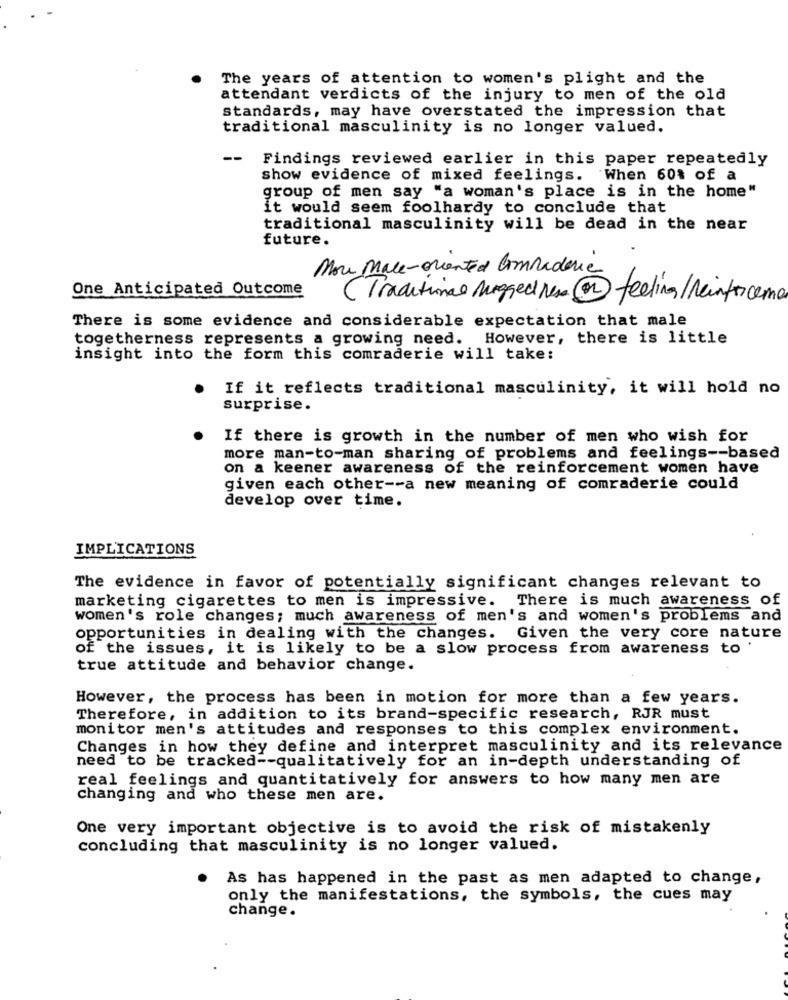
The years of attention to women's plight and the
attendant verdicts of the injury to men of the old
standards, may have overstated the impression that
traditional masculinity is no longer valued.
--
Findings reviewed earlier in this paper repeatedly
show evidence of mixed feelings. When 60% of a
group of men say "a woman's place is in the home"
it would seem foolhardy to conclude that
traditional masculinity will be dead in the near
future.
Mou Mace-oriented Commanderie
One Anticipated Outcome
(Traditional Mugged resa@ feeling/reinforceme
There is some evidence and considerable expectation that male
togetherness represents a growing need. However, there is little
insight into the form this comraderie will take:
If it reflects traditional masculinity, it will hold no
surprise.
If there is growth in the number of men who wish for
more man-to-man sharing of problems and feelings -- based
on a keener awareness of the reinforcement women have
given each other -- a new meaning of comraderie could
develop over time.
IMPLICATIONS
The evidence in favor of potentially significant changes relevant to
marketing cigarettes to men is impressive. There is much awareness of
women's role changes; much awareness of men's and women's problems and
opportunities in dealing with the changes. Given the very core nature
of the issues, it is likely to be a slow process from awareness to '
true attitude and behavior change.
However, the process has been in motion for more than a few years.
Therefore, in addition to its brand-specific research, RJR must
monitor men's attitudes and responses to this complex environment.
Changes in how they define and interpret masculinity and its relevance
need to be tracked -- qualitatively for an in-depth understanding of
real feelings and quantitatively for answers to how many men are
changing and who these men are.
One very important objective is to avoid the risk of mistakenly
concluding that masculinity is no longer valued.
As has happened in the past as men adapted to change,
only the manifestations, the symbols, the cues may
change.